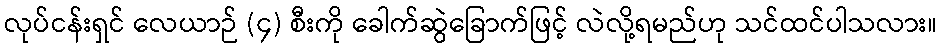
လုပ်ငန်းရှင် လေယာဉ် (၄) စီးကို ခေါက်ဆွဲခြောက်ဖြင့် လဲလို့ရမည်ဟု သင်ထင်ပါသလား။